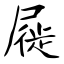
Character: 屣